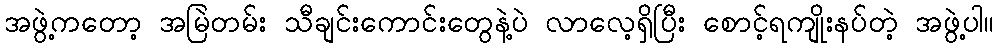
အဖွဲ့ကတော့ အမြဲတမ်း သီချင်းကောင်းတွေနဲ့ပဲ လာလေ့ရှိပြီး စောင့်ရကျိုးနပ်တဲ့ အဖွဲ့ပါ။